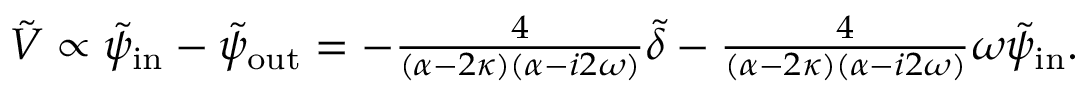
\begin{array} { r } { \tilde { V } \propto \tilde { \psi } _ { \mathrm { i n } } - \tilde { \psi } _ { \mathrm { o u t } } = - \frac { 4 } { ( \alpha - 2 \kappa ) ( \alpha - i 2 \omega ) } \tilde { \delta } - \frac { 4 } { ( \alpha - 2 \kappa ) ( \alpha - i 2 \omega ) } \omega \tilde { \psi } _ { \mathrm { i n } } . } \end{array}